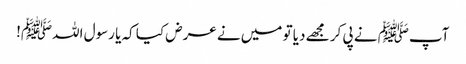
آپﷺ نے پی کر مجھے دیا تو میں نے عرض کیا کہ یا رسول اللہﷺ!